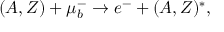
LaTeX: ( A , Z ) + \mu _ { b } ^ { - } \to e ^ { - } + ( A , Z ) ^ { * } ,